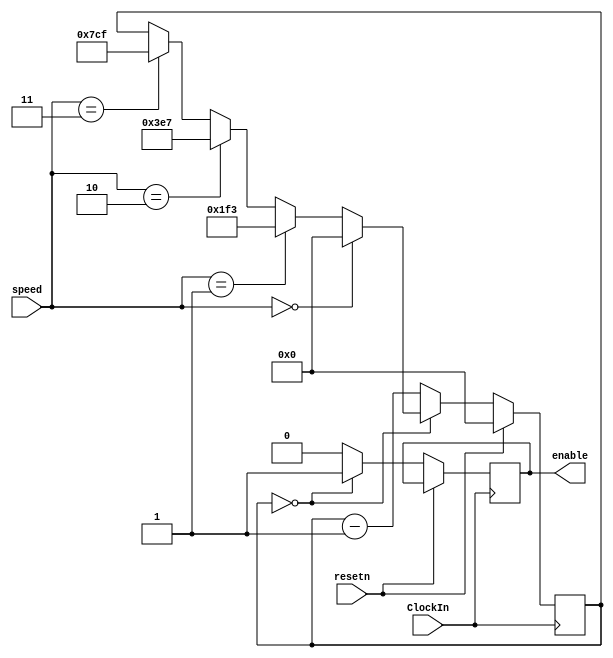
/*module RateDivider(ClockIn, Speed, counter);

	input [1:0] Speed;
	
	output reg Enable;
	parameter reg n;
	reg [n-1:0] load;
	output reg [n-1:0] counter;

	always @ (*)
	begin
	case(speed)
		2'b00 : begin 
				n = 1;
				load = 0;
			end
		2'b01 : begin 
				n = 26;
				load = 26b'10111110101111000001111111;
			end
		2'b10 :begin 
				n = 27;
				load = 27'b101111101011110000011111111;
			end
		2'b11 : begin 
				n = 28;
				load = 28'b1011111010111100000111111111;
			end
	end
	
	always@(posedge clockIN)
	begin
		if(count == 0)
			count <= load;
			///Enable <= 1;
		count <= count - 1;
	end
endmodule*/
		

/*module RateDivider(clockIn, speed, resetn, counter);

	input [1:0] speed;
	input clockIn;
        input resetn;
	
	
	reg [28:0] counter;
	
	
	
	always@(posedge clockIn)
	begin
		if(resetn == 1'b0)
		begin
		counter <= 0;
		end
		if(counter == 0) begin
			if(speed == 2'b00)
				counter <= 0;
			else if(speed == 2'b01)
				counter <= 28'b0010111110101111000001111111;
			else if (speed == 2'b10)
				counter <= 28'b0101111101011110000011111111;
			else if(speed == 2'b11)
				counter <= 28'b1011111010111100000111111111;
		end
			
		counter <= counter - 1;
	end
endmodule*/

module RateDivider(ClockIn, speed, resetn, enable );
    
    input [1:0] speed;
       input ClockIn;
    input resetn;
    output reg enable;
    reg [10:0] counter;

    always @(posedge ClockIn)
    begin

    if (resetn == 1)  // active high reset (to init counter)
    begin
        counter <= 11'b00000000000;    
    end    
    else if (counter == 0)
        begin
        enable <= 1;

        if (speed == 2'b00)
        begin
                    counter <= 11'b00000000000;
            //enable <= 1;
        end

        else if (speed == 2'b01)
        begin
                    counter <= 11'b00111110011;
            //enable <= 1;
        end

        else if (speed == 2'b10)
        begin    
                       counter <= 11'b01111100111;
            //enable <= 1;
        end 
        else if (speed == 2'b11)
        begin 
                    counter <= 11'b11111001111;
            //enable <= 1;
        end
    end
    else 
    	begin
           counter <= counter-1;
       	   enable <= 0;
    	end
    end

endmodule


module part2(ClockIn, Reset, Speed, CounterValue );
    input ClockIn, Reset;
    //reg Enable;

    input [1:0] Speed;
    output reg [3:0] CounterValue; // output hex numbers 0 to F
    reg enable; 
	reg [10:0] counter;
    
    //output [10:0] counter;

   // RateDivider R0 (.ClockIn(ClockIn), .speed(Speed), .resetn(Reset), .enable(enable));//, .counter(counter));



    always @(posedge ClockIn)
        begin
            
        
	if (Reset == 1)  // active high reset (to init counter)
    		begin
        	counter <= 11'b00000000000; 
		CounterValue  <= 0;   
    		end
	else
		begin 
		if (counter == 0)
    			begin
        		//enable <= 1;
			CounterValue <= (CounterValue == 4'b1111)? 0 : CounterValue + 1;
			

        		if (Speed == 2'b00)
        			begin
                    		counter <= 11'b00000000000;
            //enable <= 1;
       				 end

        		else if (Speed == 2'b01)
        			begin
                   		 counter <= 11'b00111110011;
            //enable <= 1;
       				 end

        		else if (Speed == 2'b10)
        			begin    
                      		 counter <= 11'b01111100111;
            //enable <= 1;
        			end 
        		else if (Speed == 2'b11)
        			begin 
                    		counter <= 11'b11111001111;
            //enable <= 1;
        			end
    			end
    		else 
    			begin
           		counter <= counter-1;
       	   		enable <= 0;
    			end

		end   
     



        //else if (ParLoad == 1'b1)// Check parallel load
           //q <= d;

        //else if ( == 4'b1111)
            //CounterValue <= 0;
/*if (Reset == 1'b1)
      
else if (enable == 1'b1)
       CounterValue <= (CounterValue == 4'b1111)? 0 : CounterValue + 1;*/
     end
endmodule